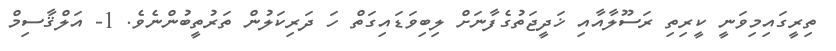
ތިރީގައިމިވަނީ ކީރިތި ރަސޫލާއާއި ޚަދީޖަތުގެފާނަށް ލިބިވަޑައިގަތް ހަ ދަރިކަލުން ތަރުތީބުންނެވެ. 1- އަލްޤާސިމް